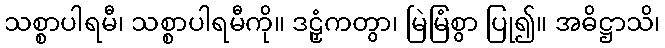
သစ္စာပါရမီ၊ သစ္စာပါရမီကို။ ဒဠှံကတွာ၊ မြဲမြံစွာ ပြု၍။ အဓိဋ္ဌာသိ၊